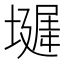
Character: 𪤞